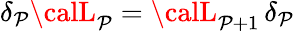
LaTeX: \delta_{\mathcal{P}}{\calL}_{\mathcal{P}}={\calL}_{\mathcal{P}+1}\, \delta_{\mathcal{P}}